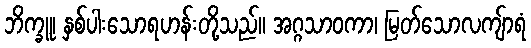
ဘိက္ခူ၊ နှစ်ပါးသောရဟန်းတို့သည်။ အဂ္ဂသာဝကာ၊ မြတ်သောလကျ်ာရံ